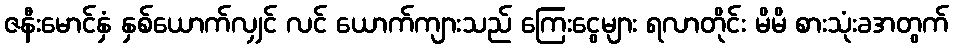
ဇနီးမောင်နှံ နှစ်ယောက်လျှင် လင် ယောက်ကျားသည် ကြေးငွေများ ရလာတိုင်း မိမိ စားသုံးခအတွက်